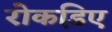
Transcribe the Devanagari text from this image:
रोकडि़ए